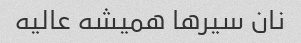
نان سیر‌ها همیشه عالیه